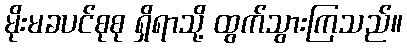
မိုးမခပင်စုစု ရှိရာသို့ ထွက်သွားကြသည်။